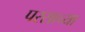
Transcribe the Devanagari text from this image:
परसाच्या